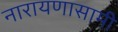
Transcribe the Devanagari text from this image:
नारायणासामी